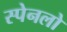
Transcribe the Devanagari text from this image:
स्पेनलो